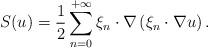
LaTeX: \begin{align*} S(u)=\frac{1}{2} \sum_{n=0}^{+\infty} \xi_{n} \cdot \nabla \left( \xi_{n} \cdot \nabla u \right) .\end{align*}